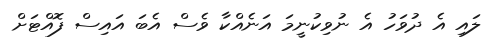
ލައި އެ ދުވަހު އެ ނުވިކުނީމަ އަނެއްކާ ވެސް އެބަ އައިސް ފޮއްޓަށް